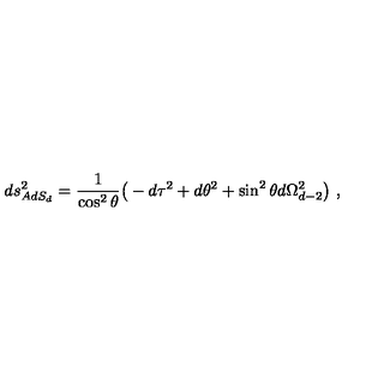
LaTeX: d s _ { A d S _ { d } } ^ { 2 } = { \frac { 1 } { \cos ^ { 2 } \theta } } \big ( - d \tau ^ { 2 } + d \theta ^ { 2 } + \sin ^ { 2 } \theta d \Omega _ { d - 2 } ^ { 2 } \big ) \ ,